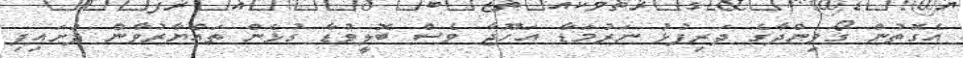
އެގޮތުން ގޯވިންދާގެ ދަރިފުޅު ނަރުމަޑާ އަހޫޖާ ވެސް ބޮލީވުޑާ ގުޅެން ތައްޔާރުވާން ފަށައިފި